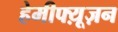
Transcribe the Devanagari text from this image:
हेमीफ्य़ूज़न